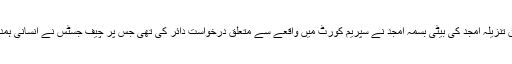
سانحہ ماڈل ٹاؤن میں جاں بحق تنزیلہ امجد کی بیٹی بسمہ امجد نے سپریم کورٹ میں واقعے سے متعلق درخواست دائر کی تھی جس پر چیف جسٹس نے انسانی ہمدردی کی بنیاد پر نوٹس لیا تھا۔